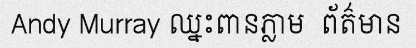
Andy Murray ឈ្នះពានភ្លាម  ព័ត៌មាន